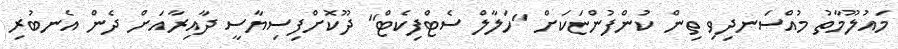
މައުލޫމާތު މުއްސަނދިވި ތިން ކުންފުންޏަކަށް "ހަލާލް ސެޓްފިކެޓް" ދޫކޮށްފިސިޔާސީ ދާއިރާއަށް ދެން އެނބުރި